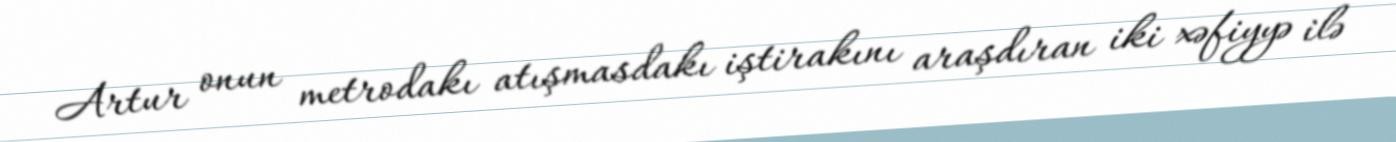
Artur onun metrodakı atışmasdakı iştirakını araşdıran iki xəfiyyə ilə